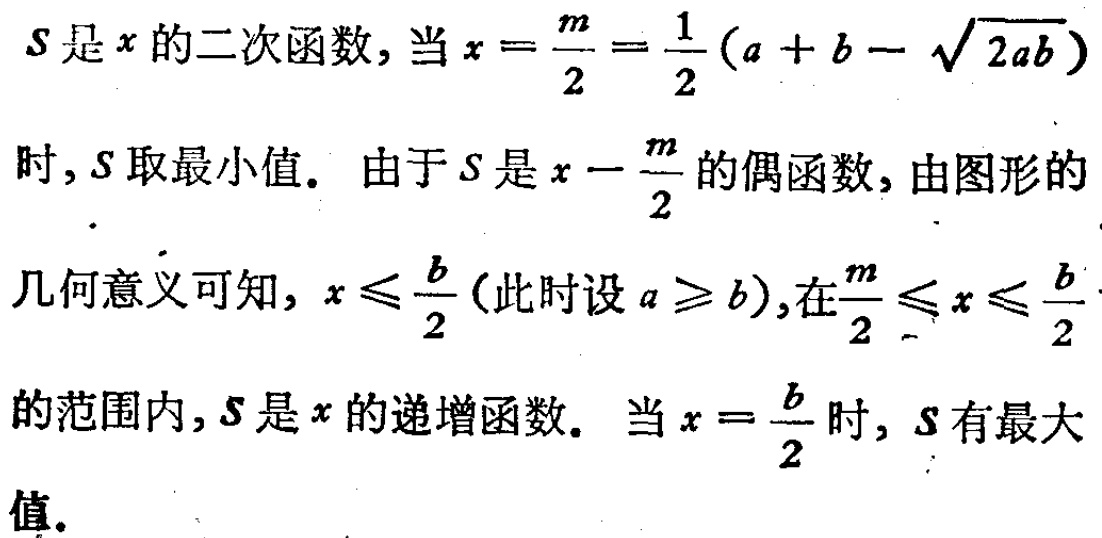
\(S\)是\(x\)的二次函数, 当\(x = \frac{m}{2}=\frac{1}{2}(a + b - \sqrt{2ab})\)时, \(S\)取最小值. 由于\(S\)是\(x - \frac{m}{2}\)的偶函数, 由图形的几何意义可知, \(x\leqslant\frac{b}{2}\)(此时设\(a\geqslant b\)), 在\(\frac{m}{2}\leqslant x\leqslant\frac{b}{2}\)的范围内, \(S\)是\(x\)的递增函数. 当\(x = \frac{b}{2}\)时, \(S\)有最大值.